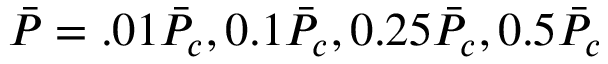
\Bar { P } = . 0 1 \Bar { P } _ { c } , 0 . 1 \Bar { P } _ { c } , 0 . 2 5 \Bar { P } _ { c } , 0 . 5 \Bar { P } _ { c }